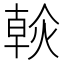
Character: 𤌹